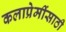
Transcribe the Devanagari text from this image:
कलाप्रेमींसाठी